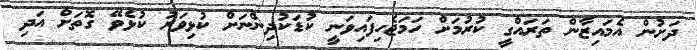
ދަށުން އެމައިޒާން ތަރައްގީ ކުރުމަށް ހަމަޖެހިފައިވަނީ ކުޑަކުދިންނަށް ކުޅިވަރު ކުޅެވޭ ގޮތަށް އަދި